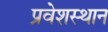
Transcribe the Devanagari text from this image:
प्रवेशस्थान